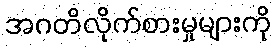
အဂတိလိုက်စားမှုများကို